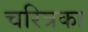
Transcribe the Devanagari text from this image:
चरित्रका